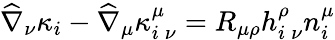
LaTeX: \widehat{\nabla}_{\nu}\kappa_{i}-\widehat{\nabla}_{\mu}\kappa_{i\: \nu}^{\mu}=R_{\mu\rho}h_{i\: \nu}^{\rho}n_{i}^{\mu}